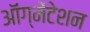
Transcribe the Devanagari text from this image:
ऑग्मेंटेशन